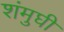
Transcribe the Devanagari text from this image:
शंमुघी